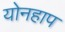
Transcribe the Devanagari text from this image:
योनहाप